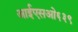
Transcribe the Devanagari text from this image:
आईएसओ६३९